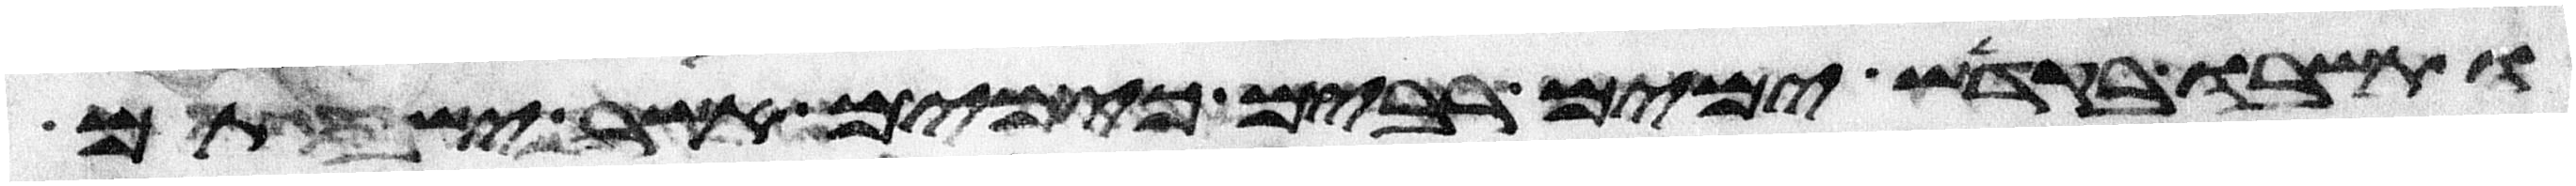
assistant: ותשבו בקדש ימים רבים כימים אשר ישבתם